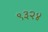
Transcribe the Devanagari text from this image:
९३२४